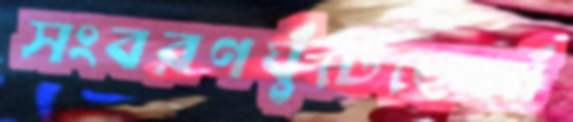
সংবরণঘুঁটেছেআঁ